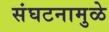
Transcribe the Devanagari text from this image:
संघटनामुळे